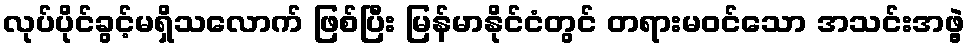
လုပ်ပိုင်ခွင့်မရှိသလောက် ဖြစ်ပြီး မြန်မာနိုင်ငံတွင် တရားမဝင်သော အသင်းအဖွဲ့